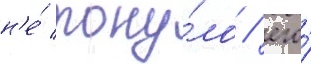
н'е́ тону́ло / его́